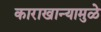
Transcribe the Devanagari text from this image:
काराखान्यामुळे